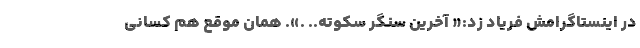
در اینستاگرامش فریاد زد:« آخرین سنگر سکوته.. .». همان موقع هم کسانی